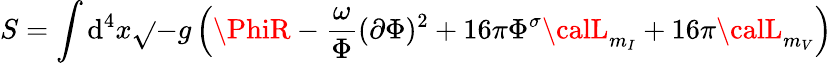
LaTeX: S=\int\mathrm{d}^{4}x\sqrt{}{{-g}}\left(\PhiR-\frac{{\omega}}{{\Phi}}(\partial\Phi)^{2}+16\pi\Phi^{\sigma}{\calL}_{m_{I}}+16\pi{\calL}_{m_{V}}\right)